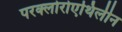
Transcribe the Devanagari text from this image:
परक्लोरोएथिलीन